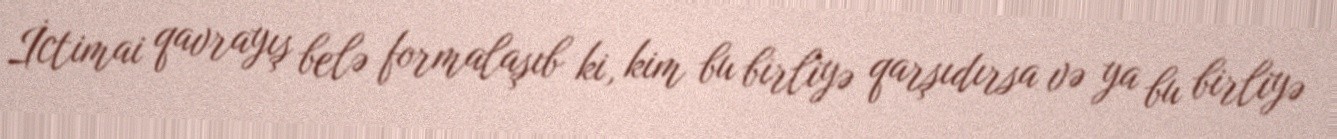
İctimai qavrayış belə formalaşıb ki, kim bu birliyə qarşıdırsa və ya bu birliyə